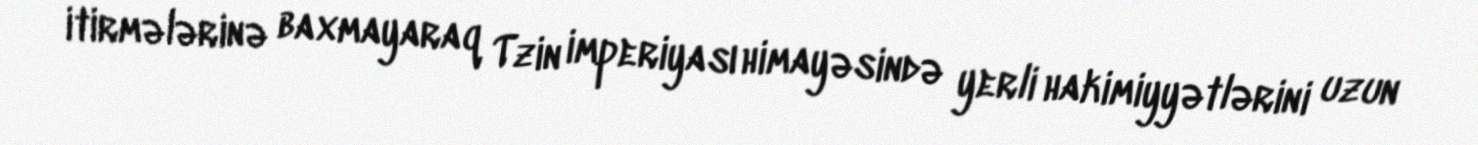
itirmələrinə baxmayaraq Tzin imperiyası himayəsində yerli hakimiyyətlərini uzun